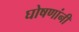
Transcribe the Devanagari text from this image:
घोषणांनी